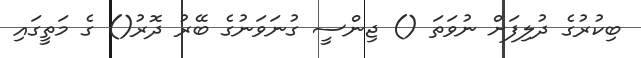
ބިކުރުގެ ދުލިފަށް ނުވަތަ () ޖިންސީ ގުނަވަނުގެ ބޭރު ދޮރު() ގެ މަތީގައި